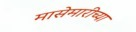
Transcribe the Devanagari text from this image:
मासेमारीच्या